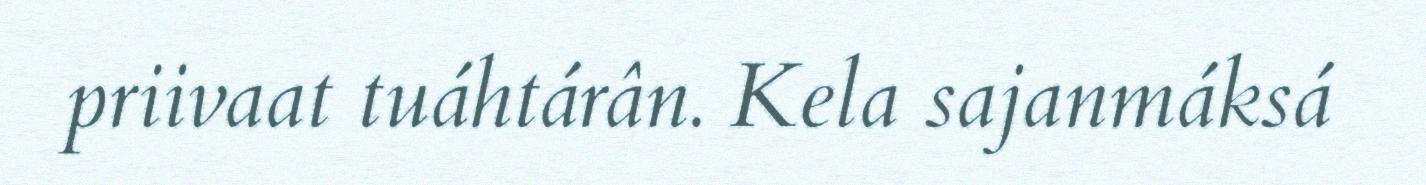
priivaat tuáhtárân. Kela sajanmáksá